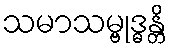
သမာသမ္ဗုဒ္ဓန္တိ